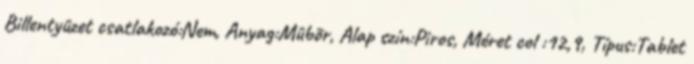
Billentyûzet csatlakozó:Nem, Anyag:Mûbõr, Alap szín:Piros, Méret col :12,9, Típus:Tablet